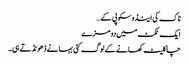
ناک کی اینڈوسکوپی کے…
ایک ٹکٹ میں دو مزے
چاکلیٹ کھانے کے لوگ کئی بہانے ڈھونڈتے ہی۔